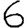
Digit: 6